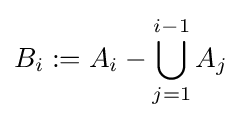
B_{i}:=A_{i}-\bigcup _{j=1}^{i-1}A_{j}